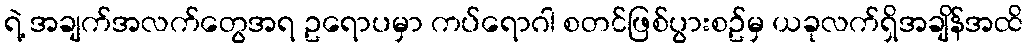
ရဲ့ အချက်အလက်တွေအရ ဥရောပမှာ ကပ်ရောဂါ စတင်ဖြစ်ပွားစဥ်မှ ယခုလက်ရှိအချိန်အထိ